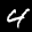
Label: 4